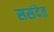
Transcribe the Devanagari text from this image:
ससंदेत